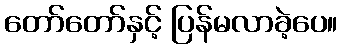
တော်တော်နှင့် ပြန်မလာခဲ့ပေ။